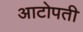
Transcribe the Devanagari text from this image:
आटोपती